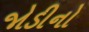
જોડીનો